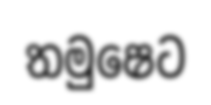
තමුෂෙට